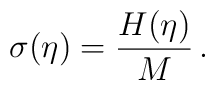
\sigma(\eta) = \frac{H(\eta)}{M} \, .